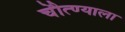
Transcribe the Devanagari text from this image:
चेौत्ण्याला